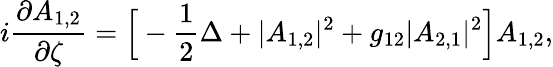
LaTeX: i\frac{\partial A_{1,2}}{\partial\zeta}=\Big[-\frac{1}{2}\Delta+|A_{1,2}|^{2}+g_{12}|A_{2,1}|^{2}\Big]A_{1,2},